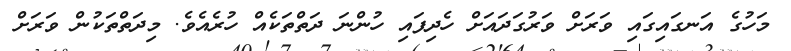
މަހުގެ އަނގައިގައި ވަރަށް ވަރުގަދައަށް ހެދިފައި ހުންނަ ދަތްތަކެއް ހުރެއެވެ. މިދަތްތަކުން ވަރަށް